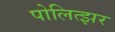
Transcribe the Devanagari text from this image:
पोलित्झर